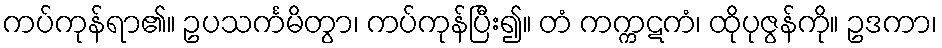
ကပ်ကုန်ရာ၏။ ဥပသင်္ကမိတွာ၊ ကပ်ကုန်ပြီး၍။ တံ ကက္ကဋကံ၊ ထိုပုဇွန်ကို။ ဥဒကာ၊